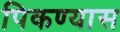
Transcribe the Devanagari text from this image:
पिकण्यास